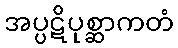
အပ္ပဋိပုစ္ဆာကတံ